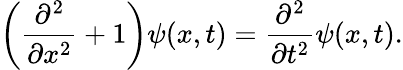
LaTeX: \left({\frac{\partial^{2}}{\partial x^{2}}}+1\right)\psi(x,t)={\frac{\partial^{2}}{\partial t^{2}}}\psi(x,t).